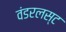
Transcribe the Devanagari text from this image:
वंडरलस्ट